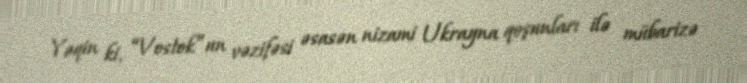
Yəqin ki, “Vostok”un vəzifəsi əsasən nizami Ukrayna qoşunları ilə mübarizə